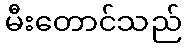
မီးတောင်သည်